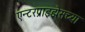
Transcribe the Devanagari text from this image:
एन्टरप्राइझेसच्या